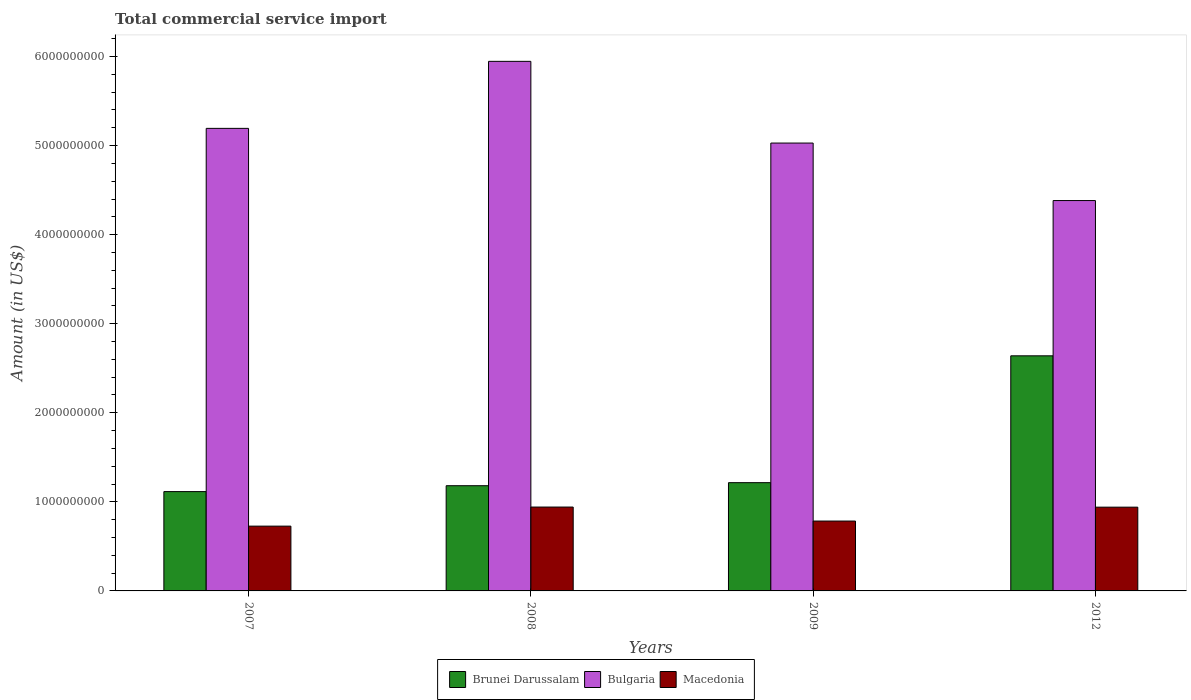
| Years | Brunei Darussalam | Bulgaria | Macedonia |
 | --- | --- | --- | --- |
 | 2007 | 1.12e+09 | 5.19e+09 | 7.27e+08 |
 | 2008 | 1.18e+09 | 5.95e+09 | 9.42e+08 |
 | 2009 | 1.22e+09 | 5.03e+09 | 7.84e+08 |
 | 2012 | 2.64e+09 | 4.38e+09 | 9.4e+08 |